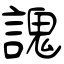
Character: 謉